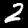
Label: 2